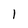
Character: 1